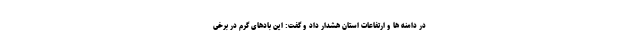
در دامنه ها و ارتفاعات استان هشدار داد و گفت: این بادهای گرم در برخی